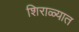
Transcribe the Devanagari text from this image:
शिराळ्यात